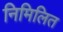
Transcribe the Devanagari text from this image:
निमिलित